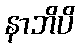
နာဘိပိ